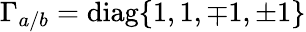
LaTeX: \Gamma_{a/b}=\mathrm{diag}\{ 1,1,\mp 1,\pm 1\}